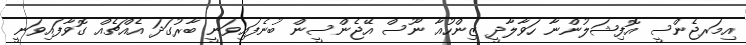
އިމަރޖެންސީ އޮފިޝަލުންނާ ހަވާލާދީ ޒިންހުއާ ނޫސް އޭޖެންސީން ބުނެފައިވަނީ ބާރުގަދަ އެއްޗެއް ގޮވާފައިވަނީ